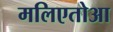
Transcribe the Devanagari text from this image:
मलिएतोआ